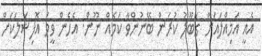
އެއީ އަމިއްލައަށް ގަބޫލު ކުރަން ބޭނުންވާ ކަމެއް ނޫން. އެހެން ވީމަ އޮފިޝަލަކަށް